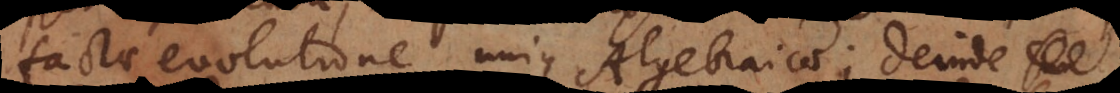
factae evolutione unius Algebraicae; deinde c